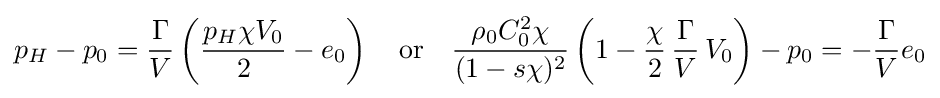
p_{H}-p_{0}={\frac {\Gamma }{V}}\left({\frac {p_{H}\chi V_{0}}{2}}-e_{0}\right)\quad {\text{or}}\quad {\frac {\rho _{0}C_{0}^{2}\chi }{(1-s\chi )^{2}}}\left(1-{\frac {\chi }{2}}\,{\frac {\Gamma }{V}}\,V_{0}\right)-p_{0}=-{\frac {\Gamma }{V}}e_{0}